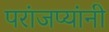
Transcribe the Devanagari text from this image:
परांजप्यांनी